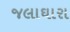
જલાઘારા